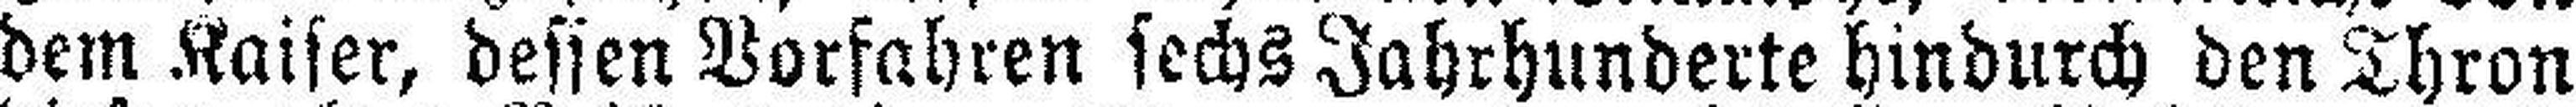
dem Kaiser, dessen Vorfahren sechs Jahrhunderte hindurch den Thron